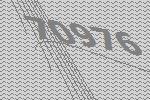
70976